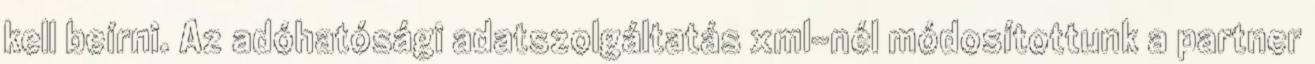
kell beírni. Az adóhatósági adatszolgáltatás xml-nél módosítottunk a partner